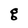
Character: g